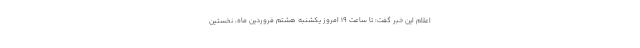
اعلام این خبر گفت: تا ساعت ۱۹ امروز یکشنبه هشتم فروردین ماه، نخستین